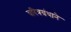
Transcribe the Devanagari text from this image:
चरित्रग्रंथाने